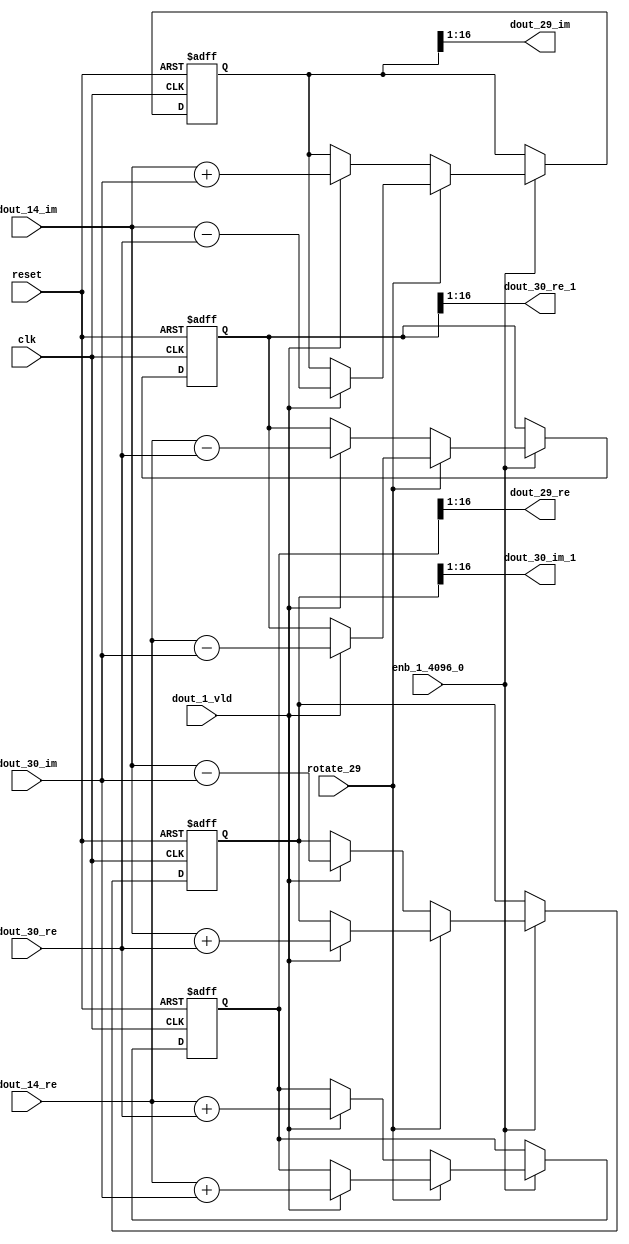
// -------------------------------------------------------------
// 
// 
// Generated by MATLAB 9.14 and HDL Coder 4.1
// 
// -------------------------------------------------------------


// -------------------------------------------------------------
// 
// Module: RADIX22FFT_SDNF2_4_block13
// Source Path: dsphdl.IFFT/RADIX22FFT_SDNF2_4
// Hierarchy Level: 4
// 
// -------------------------------------------------------------

`timescale 1 ns / 1 ns

module RADIX22FFT_SDNF2_4_block13
          (clk,
           reset,
           enb_1_4096_0,
           rotate_29,
           dout_14_re,
           dout_14_im,
           dout_30_re,
           dout_30_im,
           dout_1_vld,
           dout_29_re,
           dout_29_im,
           dout_30_re_1,
           dout_30_im_1);


  input   clk;
  input   reset;
  input   enb_1_4096_0;
  input   rotate_29;  // ufix1
  input   signed [15:0] dout_14_re;  // sfix16_En14
  input   signed [15:0] dout_14_im;  // sfix16_En14
  input   signed [15:0] dout_30_re;  // sfix16_En14
  input   signed [15:0] dout_30_im;  // sfix16_En14
  input   dout_1_vld;
  output  signed [15:0] dout_29_re;  // sfix16_En14
  output  signed [15:0] dout_29_im;  // sfix16_En14
  output  signed [15:0] dout_30_re_1;  // sfix16_En14
  output  signed [15:0] dout_30_im_1;  // sfix16_En14


  reg  Radix22ButterflyG2_NF_din_vld_dly;
  reg signed [16:0] Radix22ButterflyG2_NF_btf1_re_reg;  // sfix17
  reg signed [16:0] Radix22ButterflyG2_NF_btf1_im_reg;  // sfix17
  reg signed [16:0] Radix22ButterflyG2_NF_btf2_re_reg;  // sfix17
  reg signed [16:0] Radix22ButterflyG2_NF_btf2_im_reg;  // sfix17
  reg  Radix22ButterflyG2_NF_din_vld_dly_next;
  reg signed [16:0] Radix22ButterflyG2_NF_btf1_re_reg_next;  // sfix17_En14
  reg signed [16:0] Radix22ButterflyG2_NF_btf1_im_reg_next;  // sfix17_En14
  reg signed [16:0] Radix22ButterflyG2_NF_btf2_re_reg_next;  // sfix17_En14
  reg signed [16:0] Radix22ButterflyG2_NF_btf2_im_reg_next;  // sfix17_En14
  reg signed [15:0] dout_29_re_1;  // sfix16_En14
  reg signed [15:0] dout_29_im_1;  // sfix16_En14
  reg signed [15:0] dout_30_re_2;  // sfix16_En14
  reg signed [15:0] dout_30_im_2;  // sfix16_En14
  reg  dout_4_vld;
  reg signed [16:0] Radix22ButterflyG2_NF_add_cast;  // sfix17_En14
  reg signed [16:0] Radix22ButterflyG2_NF_add_cast_0;  // sfix17_En14
  reg signed [16:0] Radix22ButterflyG2_NF_add_cast_1;  // sfix17_En14
  reg signed [16:0] Radix22ButterflyG2_NF_add_cast_2;  // sfix17_En14
  reg signed [16:0] Radix22ButterflyG2_NF_sub_cast;  // sfix17_En14
  reg signed [16:0] Radix22ButterflyG2_NF_sub_cast_0;  // sfix17_En14
  reg signed [16:0] Radix22ButterflyG2_NF_sub_cast_1;  // sfix17_En14
  reg signed [16:0] Radix22ButterflyG2_NF_sub_cast_2;  // sfix17_En14
  reg signed [16:0] Radix22ButterflyG2_NF_sra_temp;  // sfix17_En14
  reg signed [16:0] Radix22ButterflyG2_NF_add_cast_3;  // sfix17_En14
  reg signed [16:0] Radix22ButterflyG2_NF_add_cast_4;  // sfix17_En14
  reg signed [16:0] Radix22ButterflyG2_NF_add_cast_5;  // sfix17_En14
  reg signed [16:0] Radix22ButterflyG2_NF_add_cast_6;  // sfix17_En14
  reg signed [16:0] Radix22ButterflyG2_NF_sra_temp_0;  // sfix17_En14
  reg signed [16:0] Radix22ButterflyG2_NF_sub_cast_3;  // sfix17_En14
  reg signed [16:0] Radix22ButterflyG2_NF_sub_cast_4;  // sfix17_En14
  reg signed [16:0] Radix22ButterflyG2_NF_sub_cast_5;  // sfix17_En14
  reg signed [16:0] Radix22ButterflyG2_NF_sub_cast_6;  // sfix17_En14
  reg signed [16:0] Radix22ButterflyG2_NF_sra_temp_1;  // sfix17_En14
  reg signed [16:0] Radix22ButterflyG2_NF_sra_temp_2;  // sfix17_En14


  // Radix22ButterflyG2_NF
  always @(posedge clk or posedge reset)
    begin : Radix22ButterflyG2_NF_process
      if (reset == 1'b1) begin
        Radix22ButterflyG2_NF_din_vld_dly <= 1'b0;
        Radix22ButterflyG2_NF_btf1_re_reg <= 17'sb00000000000000000;
        Radix22ButterflyG2_NF_btf1_im_reg <= 17'sb00000000000000000;
        Radix22ButterflyG2_NF_btf2_re_reg <= 17'sb00000000000000000;
        Radix22ButterflyG2_NF_btf2_im_reg <= 17'sb00000000000000000;
      end
      else begin
        if (enb_1_4096_0) begin
          Radix22ButterflyG2_NF_din_vld_dly <= Radix22ButterflyG2_NF_din_vld_dly_next;
          Radix22ButterflyG2_NF_btf1_re_reg <= Radix22ButterflyG2_NF_btf1_re_reg_next;
          Radix22ButterflyG2_NF_btf1_im_reg <= Radix22ButterflyG2_NF_btf1_im_reg_next;
          Radix22ButterflyG2_NF_btf2_re_reg <= Radix22ButterflyG2_NF_btf2_re_reg_next;
          Radix22ButterflyG2_NF_btf2_im_reg <= Radix22ButterflyG2_NF_btf2_im_reg_next;
        end
      end
    end

  always @(Radix22ButterflyG2_NF_btf1_im_reg, Radix22ButterflyG2_NF_btf1_re_reg,
       Radix22ButterflyG2_NF_btf2_im_reg, Radix22ButterflyG2_NF_btf2_re_reg,
       Radix22ButterflyG2_NF_din_vld_dly, dout_14_im, dout_14_re, dout_1_vld,
       dout_30_im, dout_30_re, rotate_29) begin
    Radix22ButterflyG2_NF_add_cast_1 = 17'sb00000000000000000;
    Radix22ButterflyG2_NF_add_cast_2 = 17'sb00000000000000000;
    Radix22ButterflyG2_NF_sub_cast_1 = 17'sb00000000000000000;
    Radix22ButterflyG2_NF_sub_cast_2 = 17'sb00000000000000000;
    Radix22ButterflyG2_NF_add_cast_5 = 17'sb00000000000000000;
    Radix22ButterflyG2_NF_add_cast_6 = 17'sb00000000000000000;
    Radix22ButterflyG2_NF_sub_cast_5 = 17'sb00000000000000000;
    Radix22ButterflyG2_NF_sub_cast_6 = 17'sb00000000000000000;
    Radix22ButterflyG2_NF_add_cast = 17'sb00000000000000000;
    Radix22ButterflyG2_NF_add_cast_0 = 17'sb00000000000000000;
    Radix22ButterflyG2_NF_sub_cast = 17'sb00000000000000000;
    Radix22ButterflyG2_NF_sub_cast_0 = 17'sb00000000000000000;
    Radix22ButterflyG2_NF_add_cast_3 = 17'sb00000000000000000;
    Radix22ButterflyG2_NF_add_cast_4 = 17'sb00000000000000000;
    Radix22ButterflyG2_NF_sub_cast_3 = 17'sb00000000000000000;
    Radix22ButterflyG2_NF_sub_cast_4 = 17'sb00000000000000000;
    Radix22ButterflyG2_NF_btf1_re_reg_next = Radix22ButterflyG2_NF_btf1_re_reg;
    Radix22ButterflyG2_NF_btf1_im_reg_next = Radix22ButterflyG2_NF_btf1_im_reg;
    Radix22ButterflyG2_NF_btf2_re_reg_next = Radix22ButterflyG2_NF_btf2_re_reg;
    Radix22ButterflyG2_NF_btf2_im_reg_next = Radix22ButterflyG2_NF_btf2_im_reg;
    Radix22ButterflyG2_NF_din_vld_dly_next = dout_1_vld;
    if (rotate_29 != 1'b0) begin
      if (dout_1_vld) begin
        Radix22ButterflyG2_NF_add_cast_1 = {dout_14_re[15], dout_14_re};
        Radix22ButterflyG2_NF_add_cast_2 = {dout_30_im[15], dout_30_im};
        Radix22ButterflyG2_NF_btf1_re_reg_next = Radix22ButterflyG2_NF_add_cast_1 + Radix22ButterflyG2_NF_add_cast_2;
        Radix22ButterflyG2_NF_sub_cast_1 = {dout_14_re[15], dout_14_re};
        Radix22ButterflyG2_NF_sub_cast_2 = {dout_30_im[15], dout_30_im};
        Radix22ButterflyG2_NF_btf2_re_reg_next = Radix22ButterflyG2_NF_sub_cast_1 - Radix22ButterflyG2_NF_sub_cast_2;
        Radix22ButterflyG2_NF_add_cast_5 = {dout_14_im[15], dout_14_im};
        Radix22ButterflyG2_NF_add_cast_6 = {dout_30_re[15], dout_30_re};
        Radix22ButterflyG2_NF_btf2_im_reg_next = Radix22ButterflyG2_NF_add_cast_5 + Radix22ButterflyG2_NF_add_cast_6;
        Radix22ButterflyG2_NF_sub_cast_5 = {dout_14_im[15], dout_14_im};
        Radix22ButterflyG2_NF_sub_cast_6 = {dout_30_re[15], dout_30_re};
        Radix22ButterflyG2_NF_btf1_im_reg_next = Radix22ButterflyG2_NF_sub_cast_5 - Radix22ButterflyG2_NF_sub_cast_6;
      end
    end
    else if (dout_1_vld) begin
      Radix22ButterflyG2_NF_add_cast = {dout_14_re[15], dout_14_re};
      Radix22ButterflyG2_NF_add_cast_0 = {dout_30_re[15], dout_30_re};
      Radix22ButterflyG2_NF_btf1_re_reg_next = Radix22ButterflyG2_NF_add_cast + Radix22ButterflyG2_NF_add_cast_0;
      Radix22ButterflyG2_NF_sub_cast = {dout_14_re[15], dout_14_re};
      Radix22ButterflyG2_NF_sub_cast_0 = {dout_30_re[15], dout_30_re};
      Radix22ButterflyG2_NF_btf2_re_reg_next = Radix22ButterflyG2_NF_sub_cast - Radix22ButterflyG2_NF_sub_cast_0;
      Radix22ButterflyG2_NF_add_cast_3 = {dout_14_im[15], dout_14_im};
      Radix22ButterflyG2_NF_add_cast_4 = {dout_30_im[15], dout_30_im};
      Radix22ButterflyG2_NF_btf1_im_reg_next = Radix22ButterflyG2_NF_add_cast_3 + Radix22ButterflyG2_NF_add_cast_4;
      Radix22ButterflyG2_NF_sub_cast_3 = {dout_14_im[15], dout_14_im};
      Radix22ButterflyG2_NF_sub_cast_4 = {dout_30_im[15], dout_30_im};
      Radix22ButterflyG2_NF_btf2_im_reg_next = Radix22ButterflyG2_NF_sub_cast_3 - Radix22ButterflyG2_NF_sub_cast_4;
    end
    Radix22ButterflyG2_NF_sra_temp = Radix22ButterflyG2_NF_btf1_re_reg >>> 8'd1;
    dout_29_re_1 = Radix22ButterflyG2_NF_sra_temp[15:0];
    Radix22ButterflyG2_NF_sra_temp_0 = Radix22ButterflyG2_NF_btf1_im_reg >>> 8'd1;
    dout_29_im_1 = Radix22ButterflyG2_NF_sra_temp_0[15:0];
    Radix22ButterflyG2_NF_sra_temp_1 = Radix22ButterflyG2_NF_btf2_re_reg >>> 8'd1;
    dout_30_re_2 = Radix22ButterflyG2_NF_sra_temp_1[15:0];
    Radix22ButterflyG2_NF_sra_temp_2 = Radix22ButterflyG2_NF_btf2_im_reg >>> 8'd1;
    dout_30_im_2 = Radix22ButterflyG2_NF_sra_temp_2[15:0];
    dout_4_vld = Radix22ButterflyG2_NF_din_vld_dly;
  end



  assign dout_29_re = dout_29_re_1;

  assign dout_29_im = dout_29_im_1;

  assign dout_30_re_1 = dout_30_re_2;

  assign dout_30_im_1 = dout_30_im_2;

endmodule  // RADIX22FFT_SDNF2_4_block13